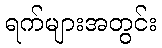
ရက်များအတွင်း